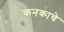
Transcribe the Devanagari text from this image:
कनकाचे